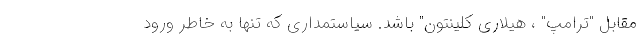
مقابل "ترامپ" ، هیلاری کلینتون" باشد. سیاستمداری که تنها به خاطر ورود